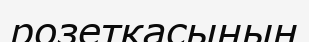
розеткасының